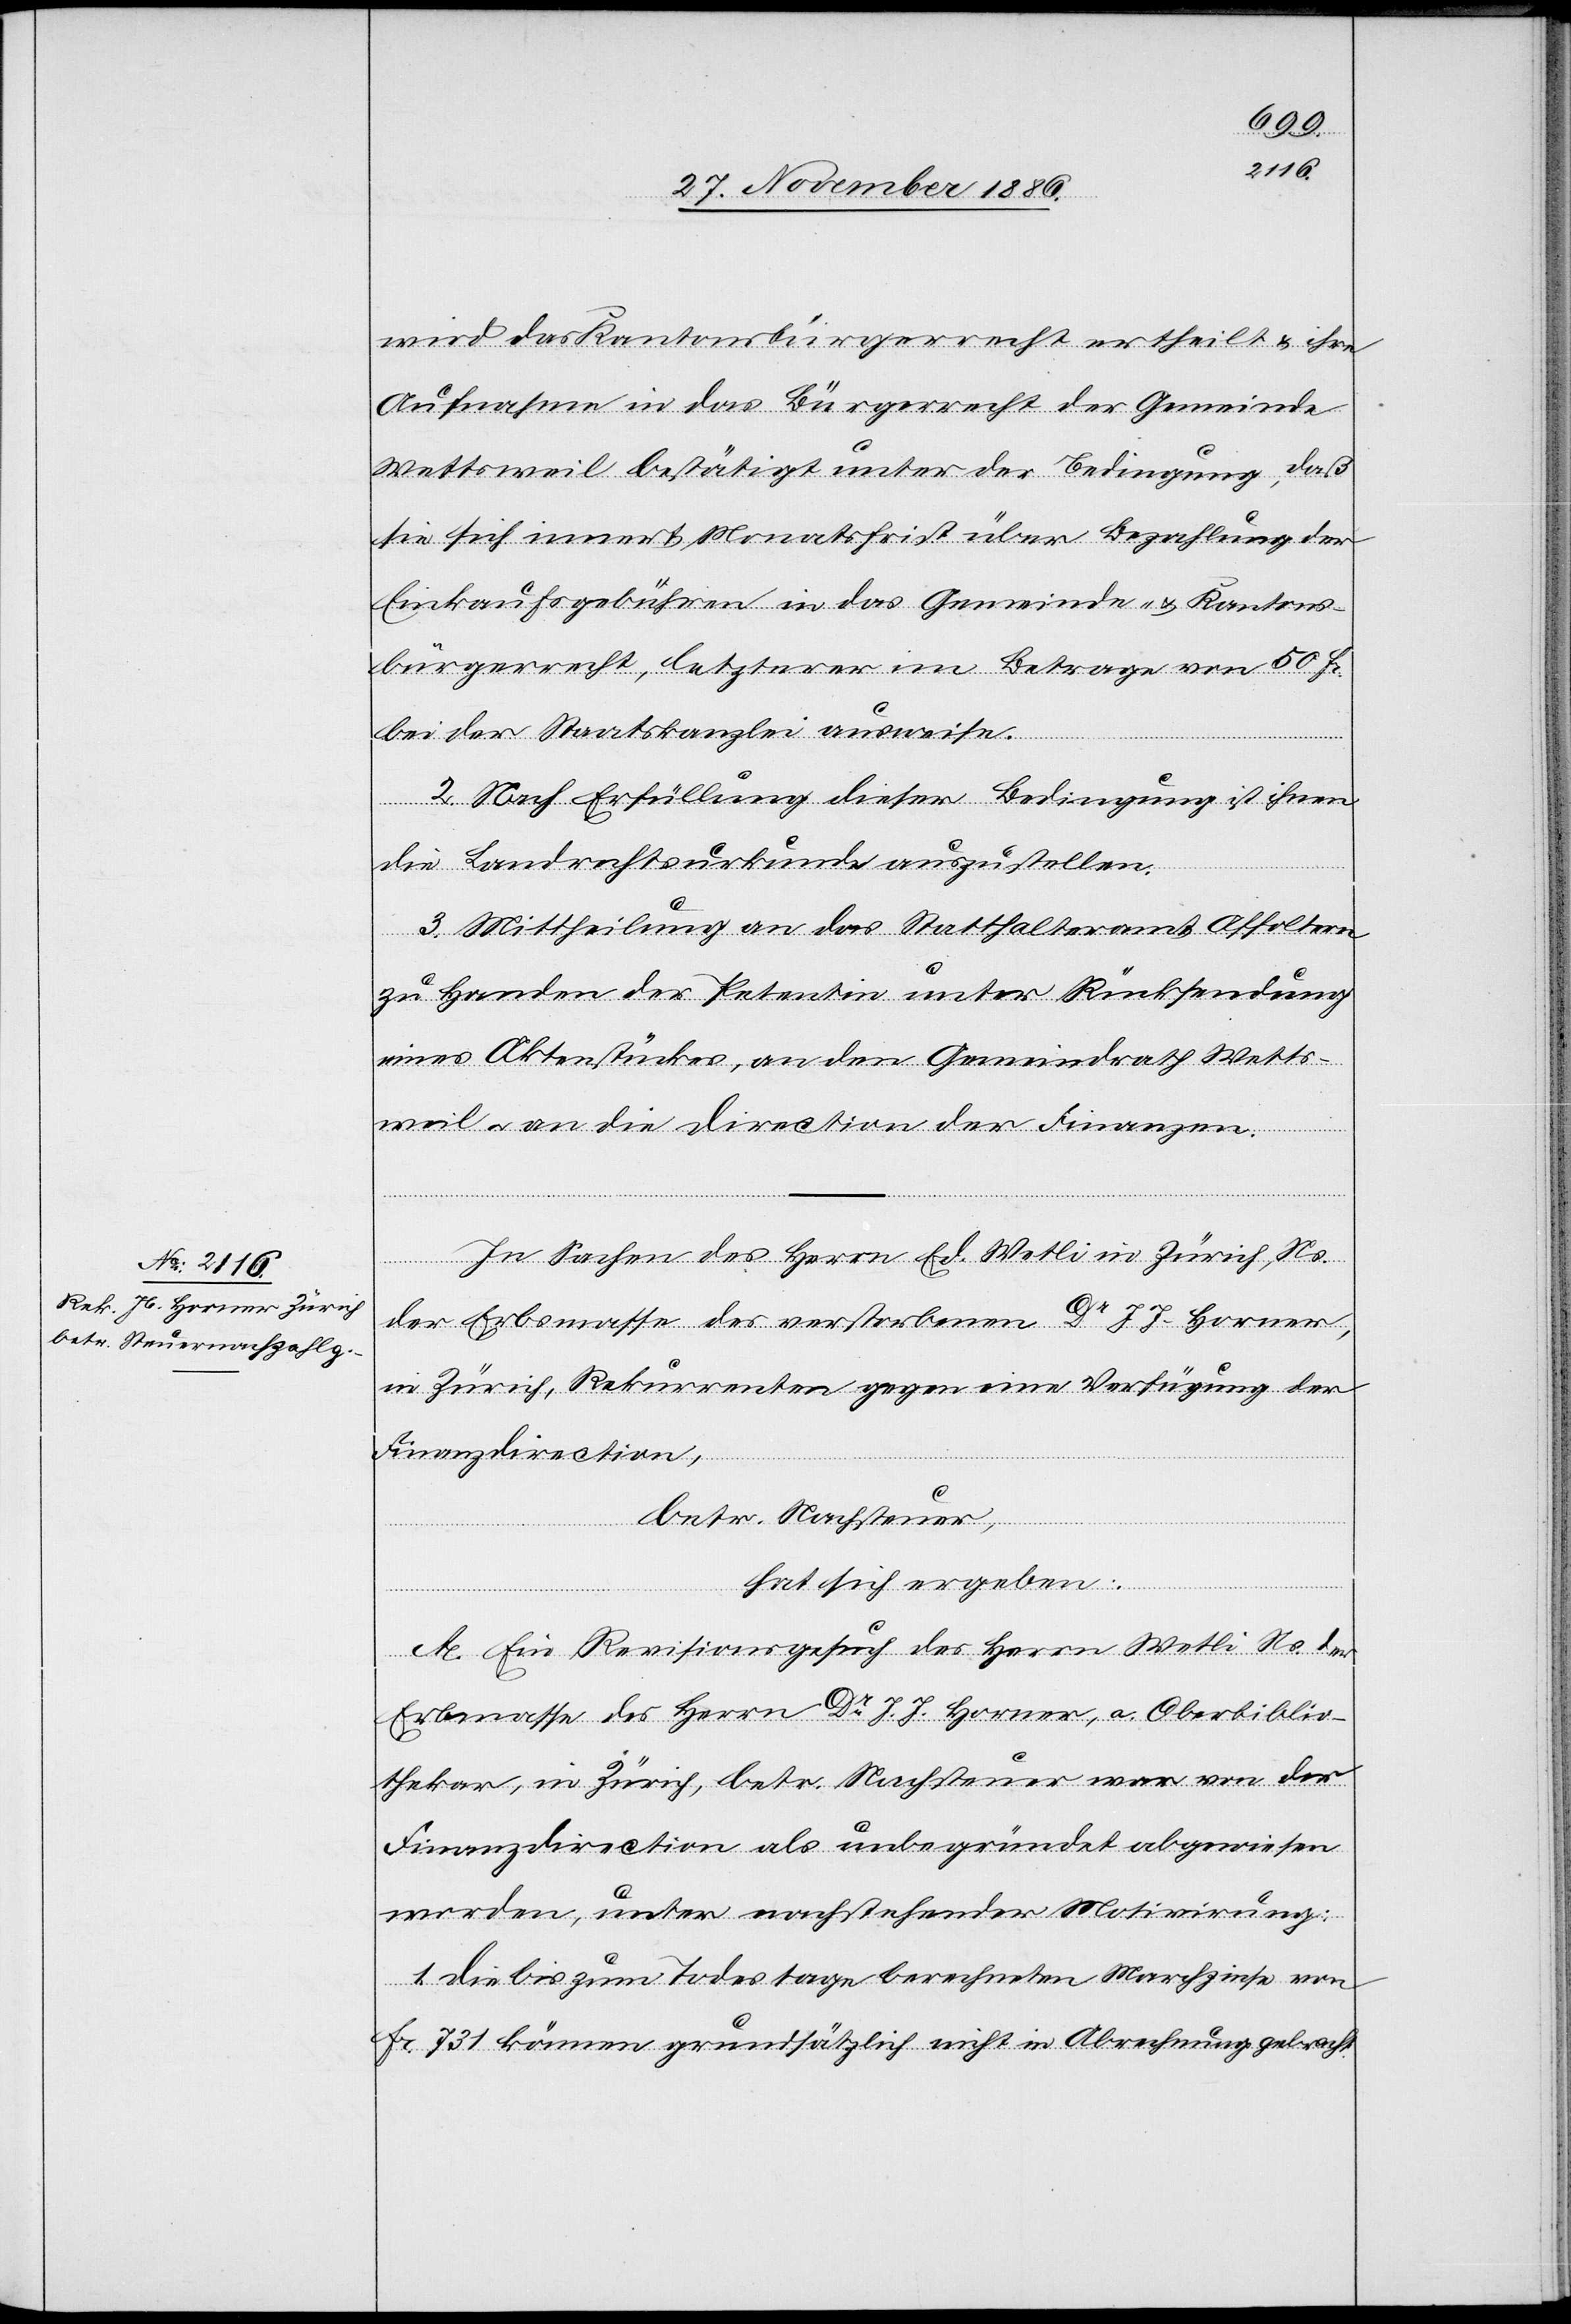
wird das Kantonsbürgerrecht ertheilt & ihre
Aufnahme in das Bürgerrecht der Gemeinde
Wettsweil bestätigt unter der Bedingung, daß
sie sich innert Monatsfrist über Bezahlung der
Einkaufsgebühren in das Gemeinde- & Kantons¬
bürgerrecht, letzterer im Betrage von 50 Fr.
bei der Staatskanzlei ausweise.
2. Nach Erfüllung dieser Bedingung ist ihnen
die Landrechtsurkunde auszustellen.
3. Mittheilung an das Statthalteramt Affoltern
zu Handen der Petentin unter Rücksendung
eines Aktenstückes, an den Gemeindrath Wetts¬
weil & an die Direction der Finanzen.